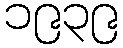
၁၉၃၉